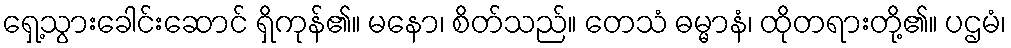
ရှေ့သွားခေါင်းဆောင် ရှိကုန်၏။ မနော၊ စိတ်သည်။ တေသံ ဓမ္မာနံ၊ ထိုတရားတို့၏။ ပဌမံ၊